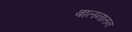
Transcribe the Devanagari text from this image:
बालनातन